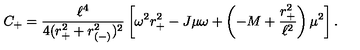
C _ { + } = { \frac { \ell ^ { 4 } } { 4 ( r _ { + } ^ { 2 } + r _ { ( - ) } ^ { 2 } ) ^ { 2 } } } \left[ \omega ^ { 2 } r _ { + } ^ { 2 } - J \mu \omega + \left( - M + { \frac { r _ { + } ^ { 2 } } { \ell ^ { 2 } } } \right) \mu ^ { 2 } \right] .